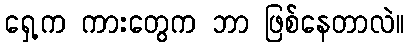
ရှေ့က ကားတွေက ဘာ ဖြစ်နေတာလဲ။